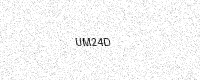
Text: UM24D